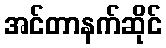
အင်တာနက်ဆိုင်